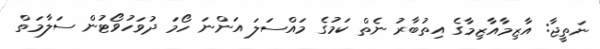
ނަތީޖާ: އާޒިމާއާޒިމާގެ އިތުބާރު ނެތް ކަމުގެ މައްސަލަ އަންނަ ހޯމަ ދުވަހުވޯޓުން ސަލާމަތް